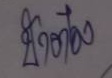
ป้าต๋อง